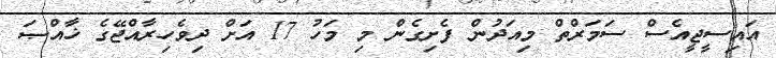
އައިސީޖީއެސް ސަމަރްތް މިއަދުން ފެށިގެން މި މަހު 17 އަށް ދިވެހިރާއްޖޭގެ ޚާއްޞަ